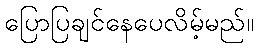
ပြောပြချင်နေပေလိမ့်မည်။